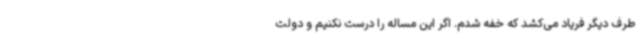
طرف دیگر فریاد می‌کشد که خفه شدم. اگر این مساله را درست نکنیم و دولت